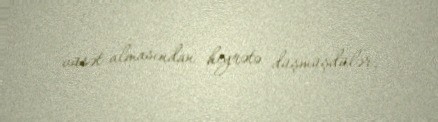
vüsət almasından heyrətə düşmüşdülər.